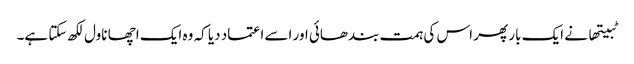
ٹبیتھا نے ایک بار پھر اس کی ہمت بندھائی اور اسے اعتماد دیا کہ وہ ایک اچھا ناول لکھ سکتا ہے۔